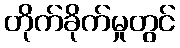
တိုက်ခိုက်မှုတွင်